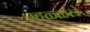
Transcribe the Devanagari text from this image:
म्हळ्ळले